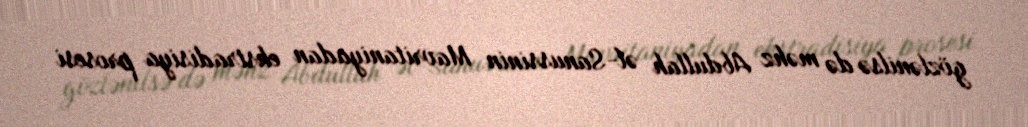
gözlənilsə də məhz Abdullah əl-Sanussinin Mavritaniyadan ekstradisiya prosesi